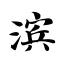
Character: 滨